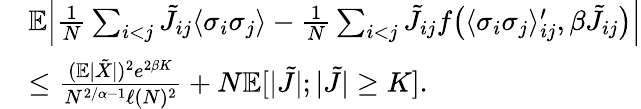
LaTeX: \begin{array}{rl}&{\mathbb E\Bigl|\frac{1}{N}\sum_{i<j}\tilde{J}_{ij}\langle\sigma_{i}\sigma_{j}\rangle-\frac{1}{N}\sum_{i<j}\tilde{J}_{ij}f\bigl(\langle\sigma_{i}\sigma_{j}\rangle_{ij}^{\prime},\beta\tilde{J}_{ij}\bigr)\Bigr|}\\ &{\leq\frac{(\mathbb E|\tilde{X}|)^{2}e^{2\beta K}}{N^{2/\alpha-1}\ell(N)^{2}}+N\mathbb E[|\tilde{J}|;|\tilde{J}|\geq K].}\end{array}